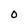
Character: 0